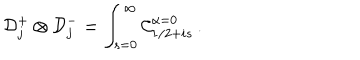
{ \cal D } _ { j } ^ { + } \otimes { \cal D } _ { j } ^ { - } = \int _ { s = 0 } ^ { \infty } { \cal C } _ { 1 / 2 + i s } ^ { \alpha = 0 } \, .